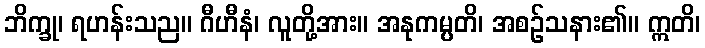
ဘိက္ခု၊ ရဟန်းသည။ ဂီဟီနံ၊ လူတို့အား။ အနုကမ္ပတိ၊ အစဉ်သနား၏။ ဣတိ၊